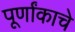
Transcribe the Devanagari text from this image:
पूर्णांकाचे